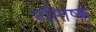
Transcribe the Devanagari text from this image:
मस्‍तिष्क